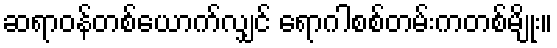
ဆရာဝန်တစ်ယောက်လျှင် ရောဂါစစ်တမ်းကတစ်မျိုး။